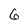
Character: 6